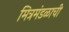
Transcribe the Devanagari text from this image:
मित्रमंडळाची